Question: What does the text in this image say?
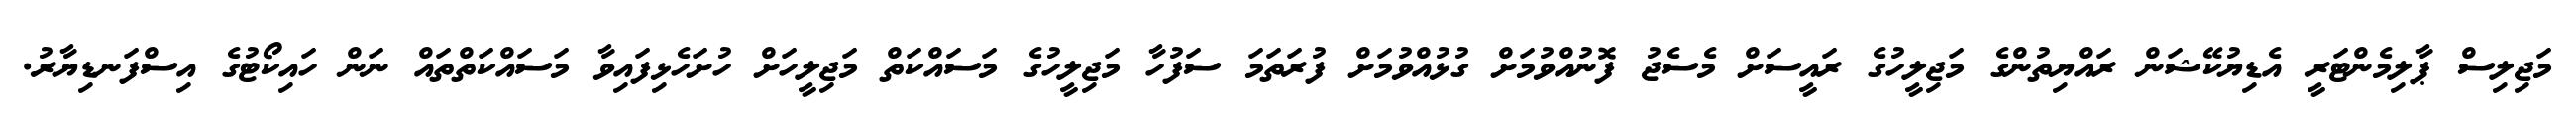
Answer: މަޖިލިސް ޕާލިމެންޓަރީ އެޑިޔުކޭޝަން ރައްޔިތުންގެ މަޖިލީހުގެ ރައީސަށް މެސެޖު ފޮނުއްވުމަށް ގުޅުއްވުމަށް ފުރަތަމަ ސަފުހާ މަޖިލީހުގެ މަސައްކަތް މަޖިލީހަށް ހުށަހެޅިފައިވާ މަސައްކަތްތައް ނަން ހައިކޯޓުގެ އިސްފަނޑިޔާރު.